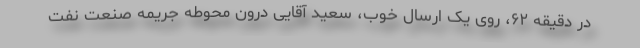
در دقیقه ۶٢، روی یک ارسال خوب، سعید آقایی درون محوطه جریمه صنعت نفت